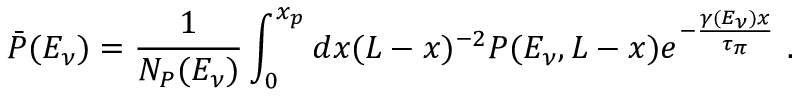
\bar { P } ( E _ { \nu } ) = \frac { 1 } { N _ { P } ( E _ { \nu } ) } \int _ { 0 } ^ { x _ { p } } d x ( L - x ) ^ { - 2 } P ( E _ { \nu } , L - x ) e ^ { - \frac { \gamma ( E _ { \nu } ) x } { \tau _ { \pi } } } ~ .